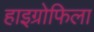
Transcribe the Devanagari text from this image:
हाइग्रोफिला